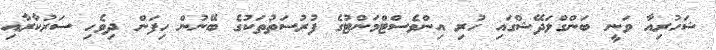
ޝަހުރިއާ ވަނީ ބަންގްލަދޭޝްގައި ހުރި އިންވެސްޓްމަންޓުގެ ފުރުސަތުތަކުގެ ބޭނުން ހިފަން ދިވެހި ސަރުކާރާއި